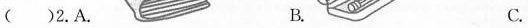
()2.A. B. C.